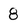
Character: 8